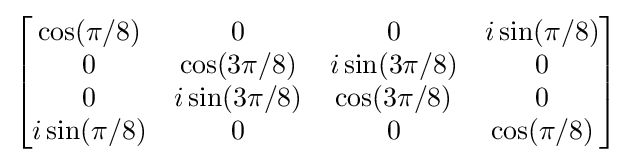
{\begin{bmatrix}\cos(\pi /8)&0&0&i\sin(\pi /8)\\0&\cos(3\pi /8)&i\sin(3\pi /8)&0\\0&i\sin(3\pi /8)&\cos(3\pi /8)&0\\i\sin(\pi /8)&0&0&\cos(\pi /8)\\\end{bmatrix}}